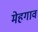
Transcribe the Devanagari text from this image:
मेहगाव